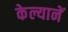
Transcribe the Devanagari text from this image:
केल्यानें